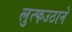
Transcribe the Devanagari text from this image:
लुत्फउठाने